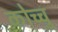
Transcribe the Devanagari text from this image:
कोच्चु